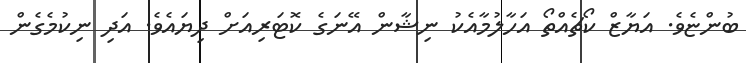
ބުންޏެވެ. އަޔާޒް ކޯޗެއްތޯ އަހާލުމާއެކު ނިޝާން އޭނަގެ ކޮޓަރިއަށް ދިޔައެވެ. އަދި ނިކުމެގެން